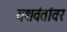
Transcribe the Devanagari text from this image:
यशवंतांवर